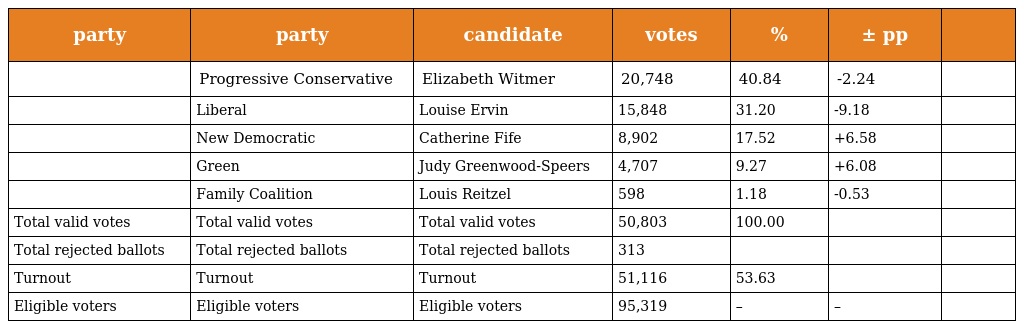
| party | party | candidate | votes | % | ± pp |  |
 | --- | --- | --- | --- | --- | --- | --- |
 |  | Progressive Conservative | Elizabeth Witmer | 20,748 | 40.84 | -2.24 |  |
 |  | Liberal | Louise Ervin | 15,848 | 31.20 | -9.18 |  |
 |  | New Democratic | Catherine Fife | 8,902 | 17.52 | +6.58 |  |
 |  | Green | Judy Greenwood-Speers | 4,707 | 9.27 | +6.08 |  |
 |  | Family Coalition | Louis Reitzel | 598 | 1.18 | -0.53 |  |
 | Total valid votes | Total valid votes | Total valid votes | 50,803 | 100.00 |  |  |
 | Total rejected ballots | Total rejected ballots | Total rejected ballots | 313 |  |  |  |
 | Turnout | Turnout | Turnout | 51,116 | 53.63 |  |  |
 | Eligible voters | Eligible voters | Eligible voters | 95,319 | – | – |  |